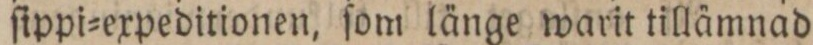
ſippi=expeditionen, ſom länge warit tillämnad